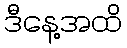
ဒီနေ့အထိ